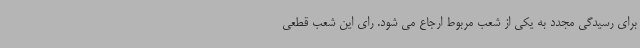
برای رسیدگی مجدد به یکی از شعب مربوط ارجاع می شود. رای این شعب قطعی